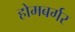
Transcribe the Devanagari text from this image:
होमबर्गर